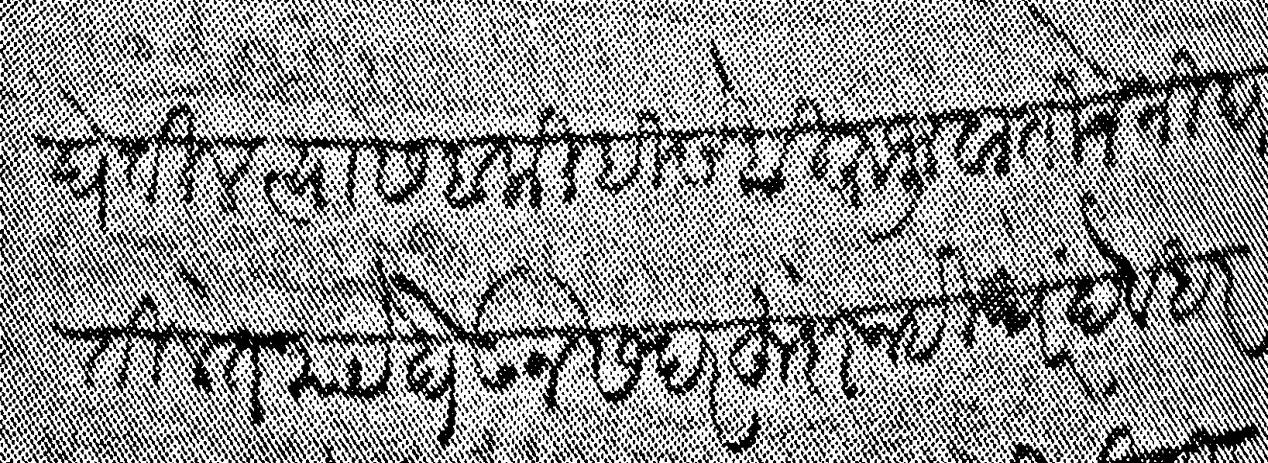
Transliteration (Devanagari): घेतील त्यास बाकी हिसेबी रूजुवातीने निघतील ते रूये घेऊन सदरहू दोनही घरे देवधर